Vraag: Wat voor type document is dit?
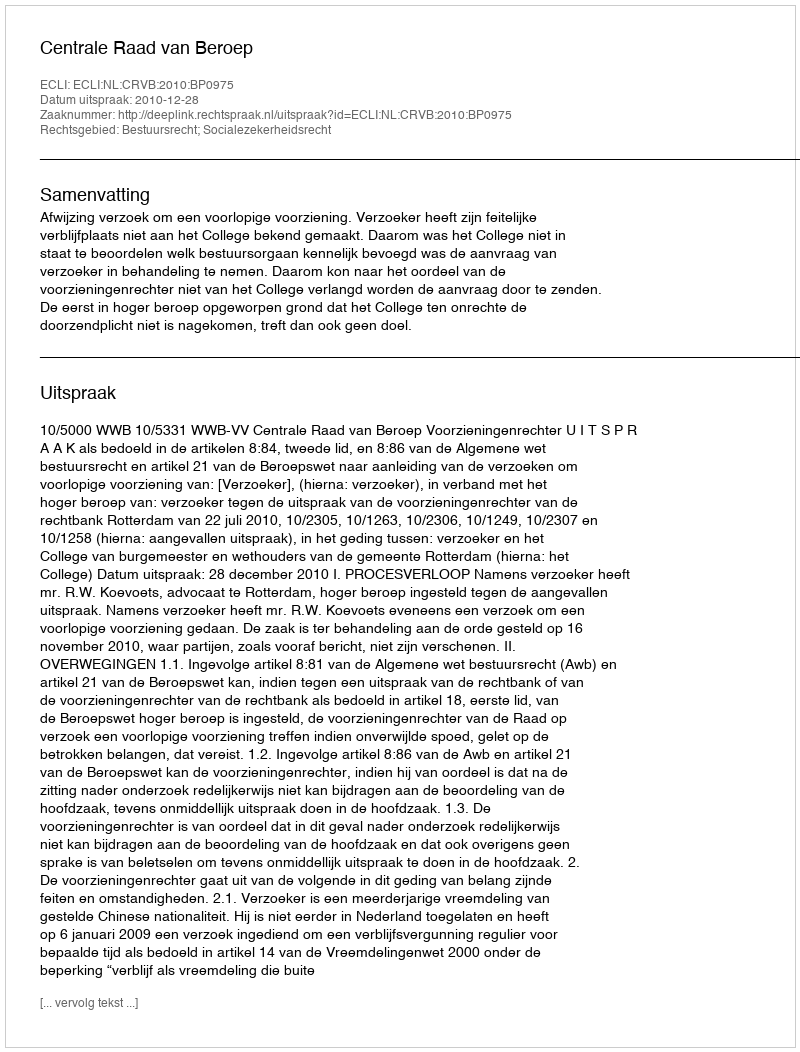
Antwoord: Uitspraak